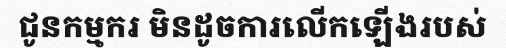
ជូនកម្មករ មិនដូចការលើកឡើងរបស់